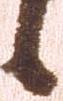
候